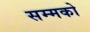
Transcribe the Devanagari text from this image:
सम्मको